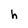
Character: h